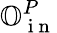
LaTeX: \mathbb{O}_{\mathrm{~i~n~}}^{P}